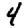
Digit: 4